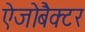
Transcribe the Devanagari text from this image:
ऐजोबैक्टर